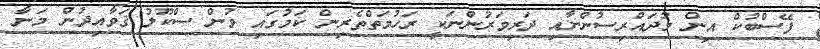
ފޭސްބުކް އިން މުދައްރިސުންނާއި ދަރިވަރުންނަކީ ރަހުމަތްތެރިން ކަމުގައި ވުން ސްކޫލު ޤަވާއިދުން މަނާ